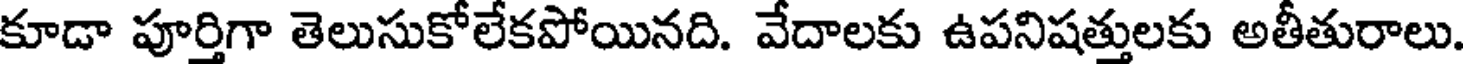
కూడా పూర్తిగా తెలుసుకోలేకపోయినది. వేదాలకు ఉపనిషత్తులకు అతీతురాలు.